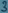
Text: 3